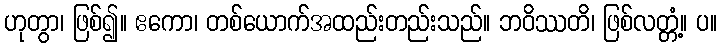
ဟုတွာ၊ ဖြစ်၍။ ဧကော၊ တစ်ယောက်အထည်းတည်းသည်။ ဘဝိဿတိ၊ ဖြစ်လတ္တံ့။ ပ။